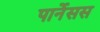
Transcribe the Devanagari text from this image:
पार्नेसस